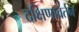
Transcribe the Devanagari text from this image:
दक्षिणावर्तन